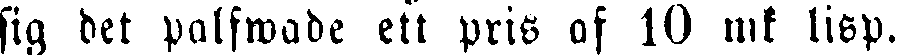
sig det palfwade ett pris of 10 mk lisp.